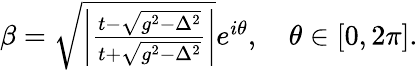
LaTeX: \begin{array}{r}{\beta=\sqrt{\left|\frac{t-\sqrt{g^{2}-\Delta^{2}}}{t+\sqrt{g^{2}-\Delta^{2}}}\right|}e^{i\theta},\quad\theta\in[0,2\pi].}\end{array}